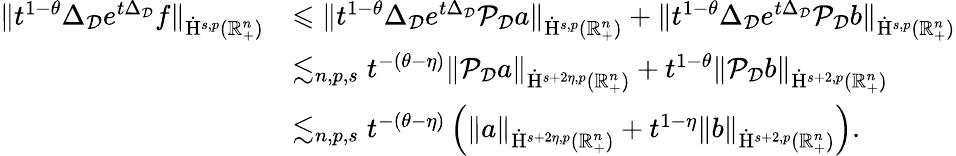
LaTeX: \begin{array}{rl}{\lVert t^{1-\theta}\Delta_{\mathcal{D}}e^{t\Delta_{\mathcal{D}}}f\rVert_{\dot{\mathrm{H}}^{s,p}(\mathbb{R}_{+}^{n})}}&{\leqslant\lVert t^{1-\theta}\Delta_{\mathcal{D}}e^{t\Delta_{\mathcal{D}}}\mathcal{P}_{\mathcal{D}}{a}\rVert_{\dot{\mathrm{H}}^{s,p}(\mathbb{R}_{+}^{n})}+\lVert t^{1-\theta}\Delta_{\mathcal{D}}e^{t\Delta_{\mathcal{D}}}\mathcal{P}_{\mathcal{D}}{b}\rVert_{\dot{\mathrm{H}}^{s,p}(\mathbb{R}_{+}^{n})}}\\ &{\lesssim_{n,p,s}t^{-(\theta-\eta)}\lVert\mathcal{P}_{\mathcal{D}}{a}\rVert_{\dot{\mathrm{H}}^{s+2\eta,p}(\mathbb{R}_{+}^{n})}+t^{1-\theta}\lVert\mathcal{P}_{\mathcal{D}}{b}\rVert_{\dot{\mathrm{H}}^{s+2,p}(\mathbb{R}_{+}^{n})}}\\ &{\lesssim_{n,p,s}t^{-(\theta-\eta)}\left(\lVert{a}\rVert_{\dot{\mathrm{H}}^{s+2\eta,p}(\mathbb{R}_{+}^{n})}+t^{1-\eta}\lVert{b}\rVert_{\dot{\mathrm{H}}^{s+2,p}(\mathbb{R}_{+}^{n})}\right)\mathrm{.~}}\end{array}